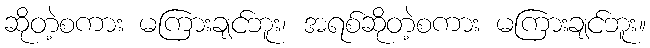
ဆိုတဲ့စကား မကြားချင်ဘူး၊ အရစ်ဆိုတဲ့စကား မကြားချင်ဘူး။